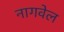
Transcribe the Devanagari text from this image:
नागवेल